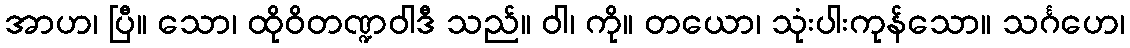
အာဟ၊ ပြီ။ သော၊ ထိုဝိတဏ္ဍဝါဒီ သည်။ ဝါ၊ ကို။ တယော၊ သုံးပါးကုန်သော။ သင်္ဂဟေ၊